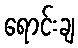
ရောင်းချ